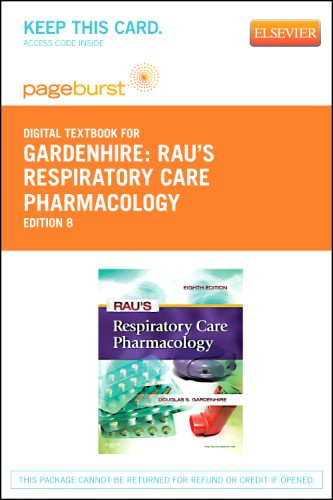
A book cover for Rau's Respiratory Care Pharmacology - Pageburst E-Book on VitalSource (Retail Access Card), 8e; Douglas S. Gardenhire EdD  RRT-NPS  FAARC; Medical Books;